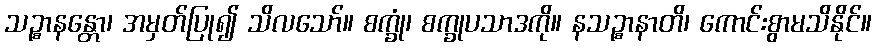
သဉ္စာနန္တော၊ အမှတ်ပြု၍ သိလသော်။ စက္ခုံ၊ စက္ခုပသာဒကို။ နသဉ္စာနာတိ၊ ကောင်းစွာမသိနိုင်။